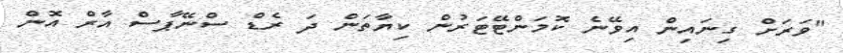
"ވަރަށް ގިނައިން އިވޭނެ ކޮމަންޓޭޓަރުން ކިޔާތަން ދަ ރެޑް ސްނޭޕާސް އާރް އޮން